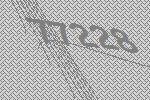
77228